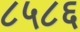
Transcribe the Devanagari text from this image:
८५८६